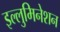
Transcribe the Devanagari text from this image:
इल्लुमिनेशन